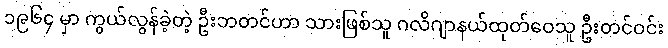
၁၉၆၄ မှာ ကွယ်လွန်ခဲ့တဲ့ ဦးဘတင်ဟာ သားဖြစ်သူ ဂလိဂျာနယ်ထုတ်ဝေသူ ဦးတင်ဝင်း